Source: Handwritten
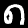
Digit: ၈ (8)